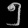
Digit: ၅